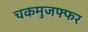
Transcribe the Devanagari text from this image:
चकमुजफ्फर